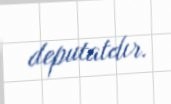
deputatdır.